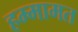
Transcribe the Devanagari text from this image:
हम्मामत